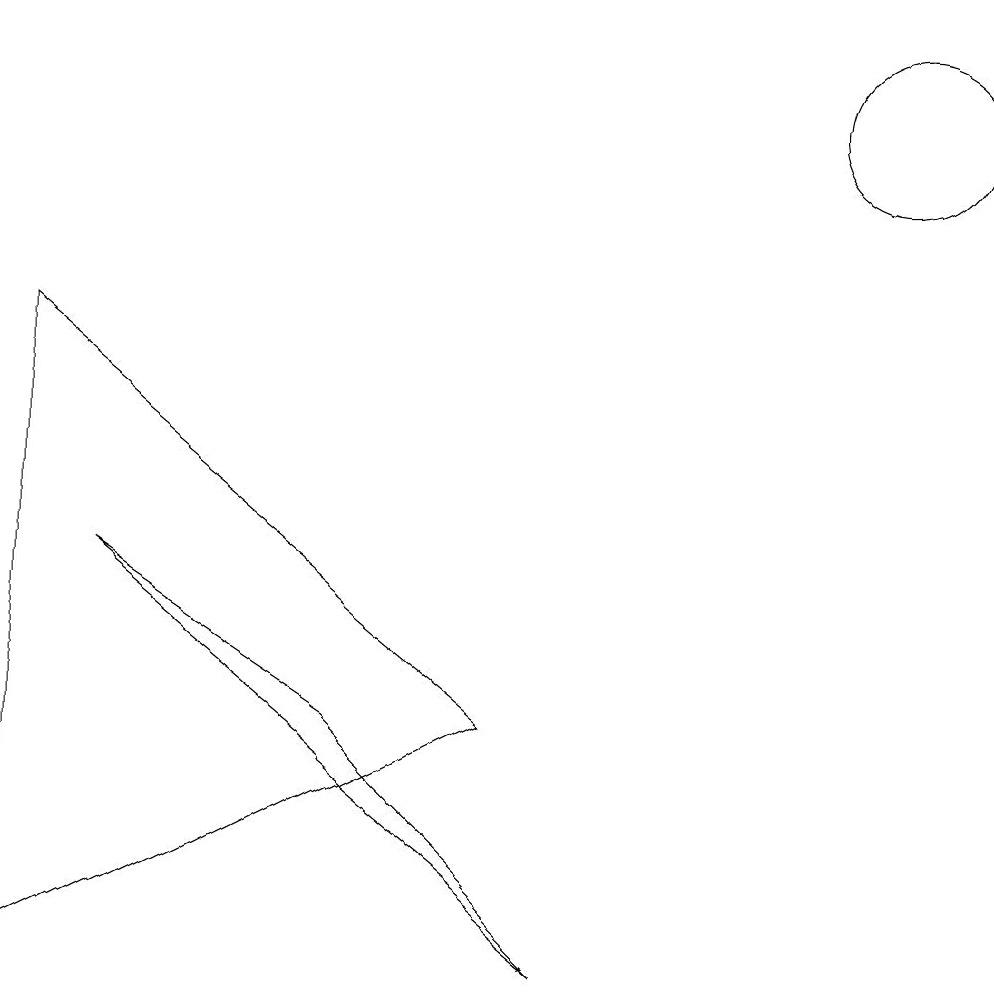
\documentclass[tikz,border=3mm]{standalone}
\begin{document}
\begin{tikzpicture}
\draw (11,12) circle (1);
\draw (1,6) -- (7,1) -- (4,4) -- cycle;
\draw (0,9) -- (0,1) -- (6,4) -- cycle;
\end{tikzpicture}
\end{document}